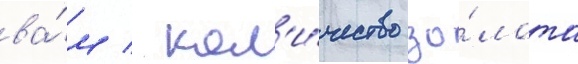
ва́м / кол'и́чество зо́лота